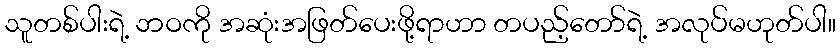
သူတစ်ပါးရဲ့ ဘဝကို အဆုံးအဖြတ်ပေးဖို့ရာဟာ တပည့်တော်ရဲ့ အလုပ်မဟုတ်ပါ။